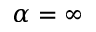
\alpha = \infty